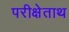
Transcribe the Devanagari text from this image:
परीक्षेताथ